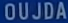
OUJDA